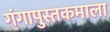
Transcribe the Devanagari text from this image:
गंगापुस्तकमाला